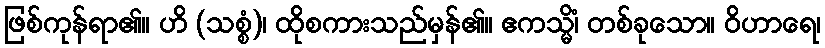
ဖြစ်ကုန်ရာ၏။ ဟိ (သစ္စံ)၊ ထိုစကားသည်မှန်၏။ ဧကသ္မိံ၊ တစ်ခုသော။ ဝိဟာရေ၊